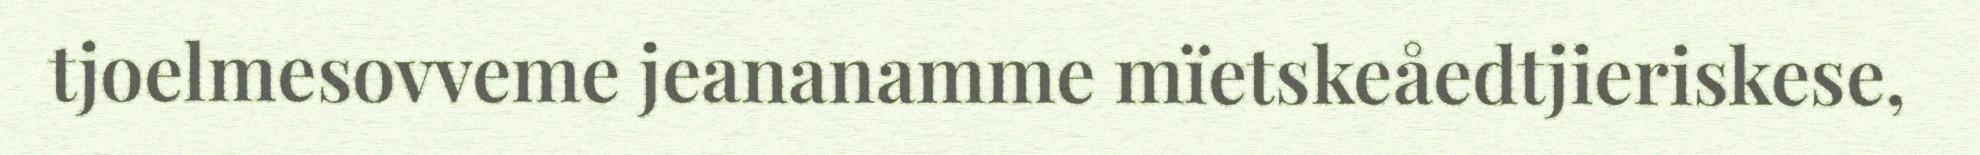
tjoelmesovveme jeananamme mïetskeåedtjieriskese,